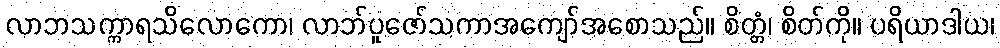
လာဘသက္ကာရသိလောကော၊ လာဘ်ပူဇော်သကာအကျော်အစောသည်။ စိတ္တံ၊ စိတ်ကို။ ပရိယာဒါယ၊